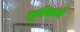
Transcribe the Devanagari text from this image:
य़ूनेस्को